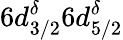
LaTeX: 6d_{3/2}^{\delta}6d_{5/2}^{\delta}